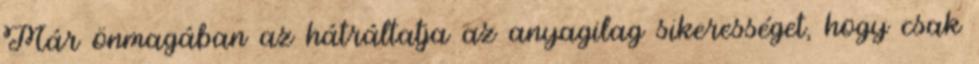
Már önmagában az hátráltatja az anyagilag sikerességet, hogy csak